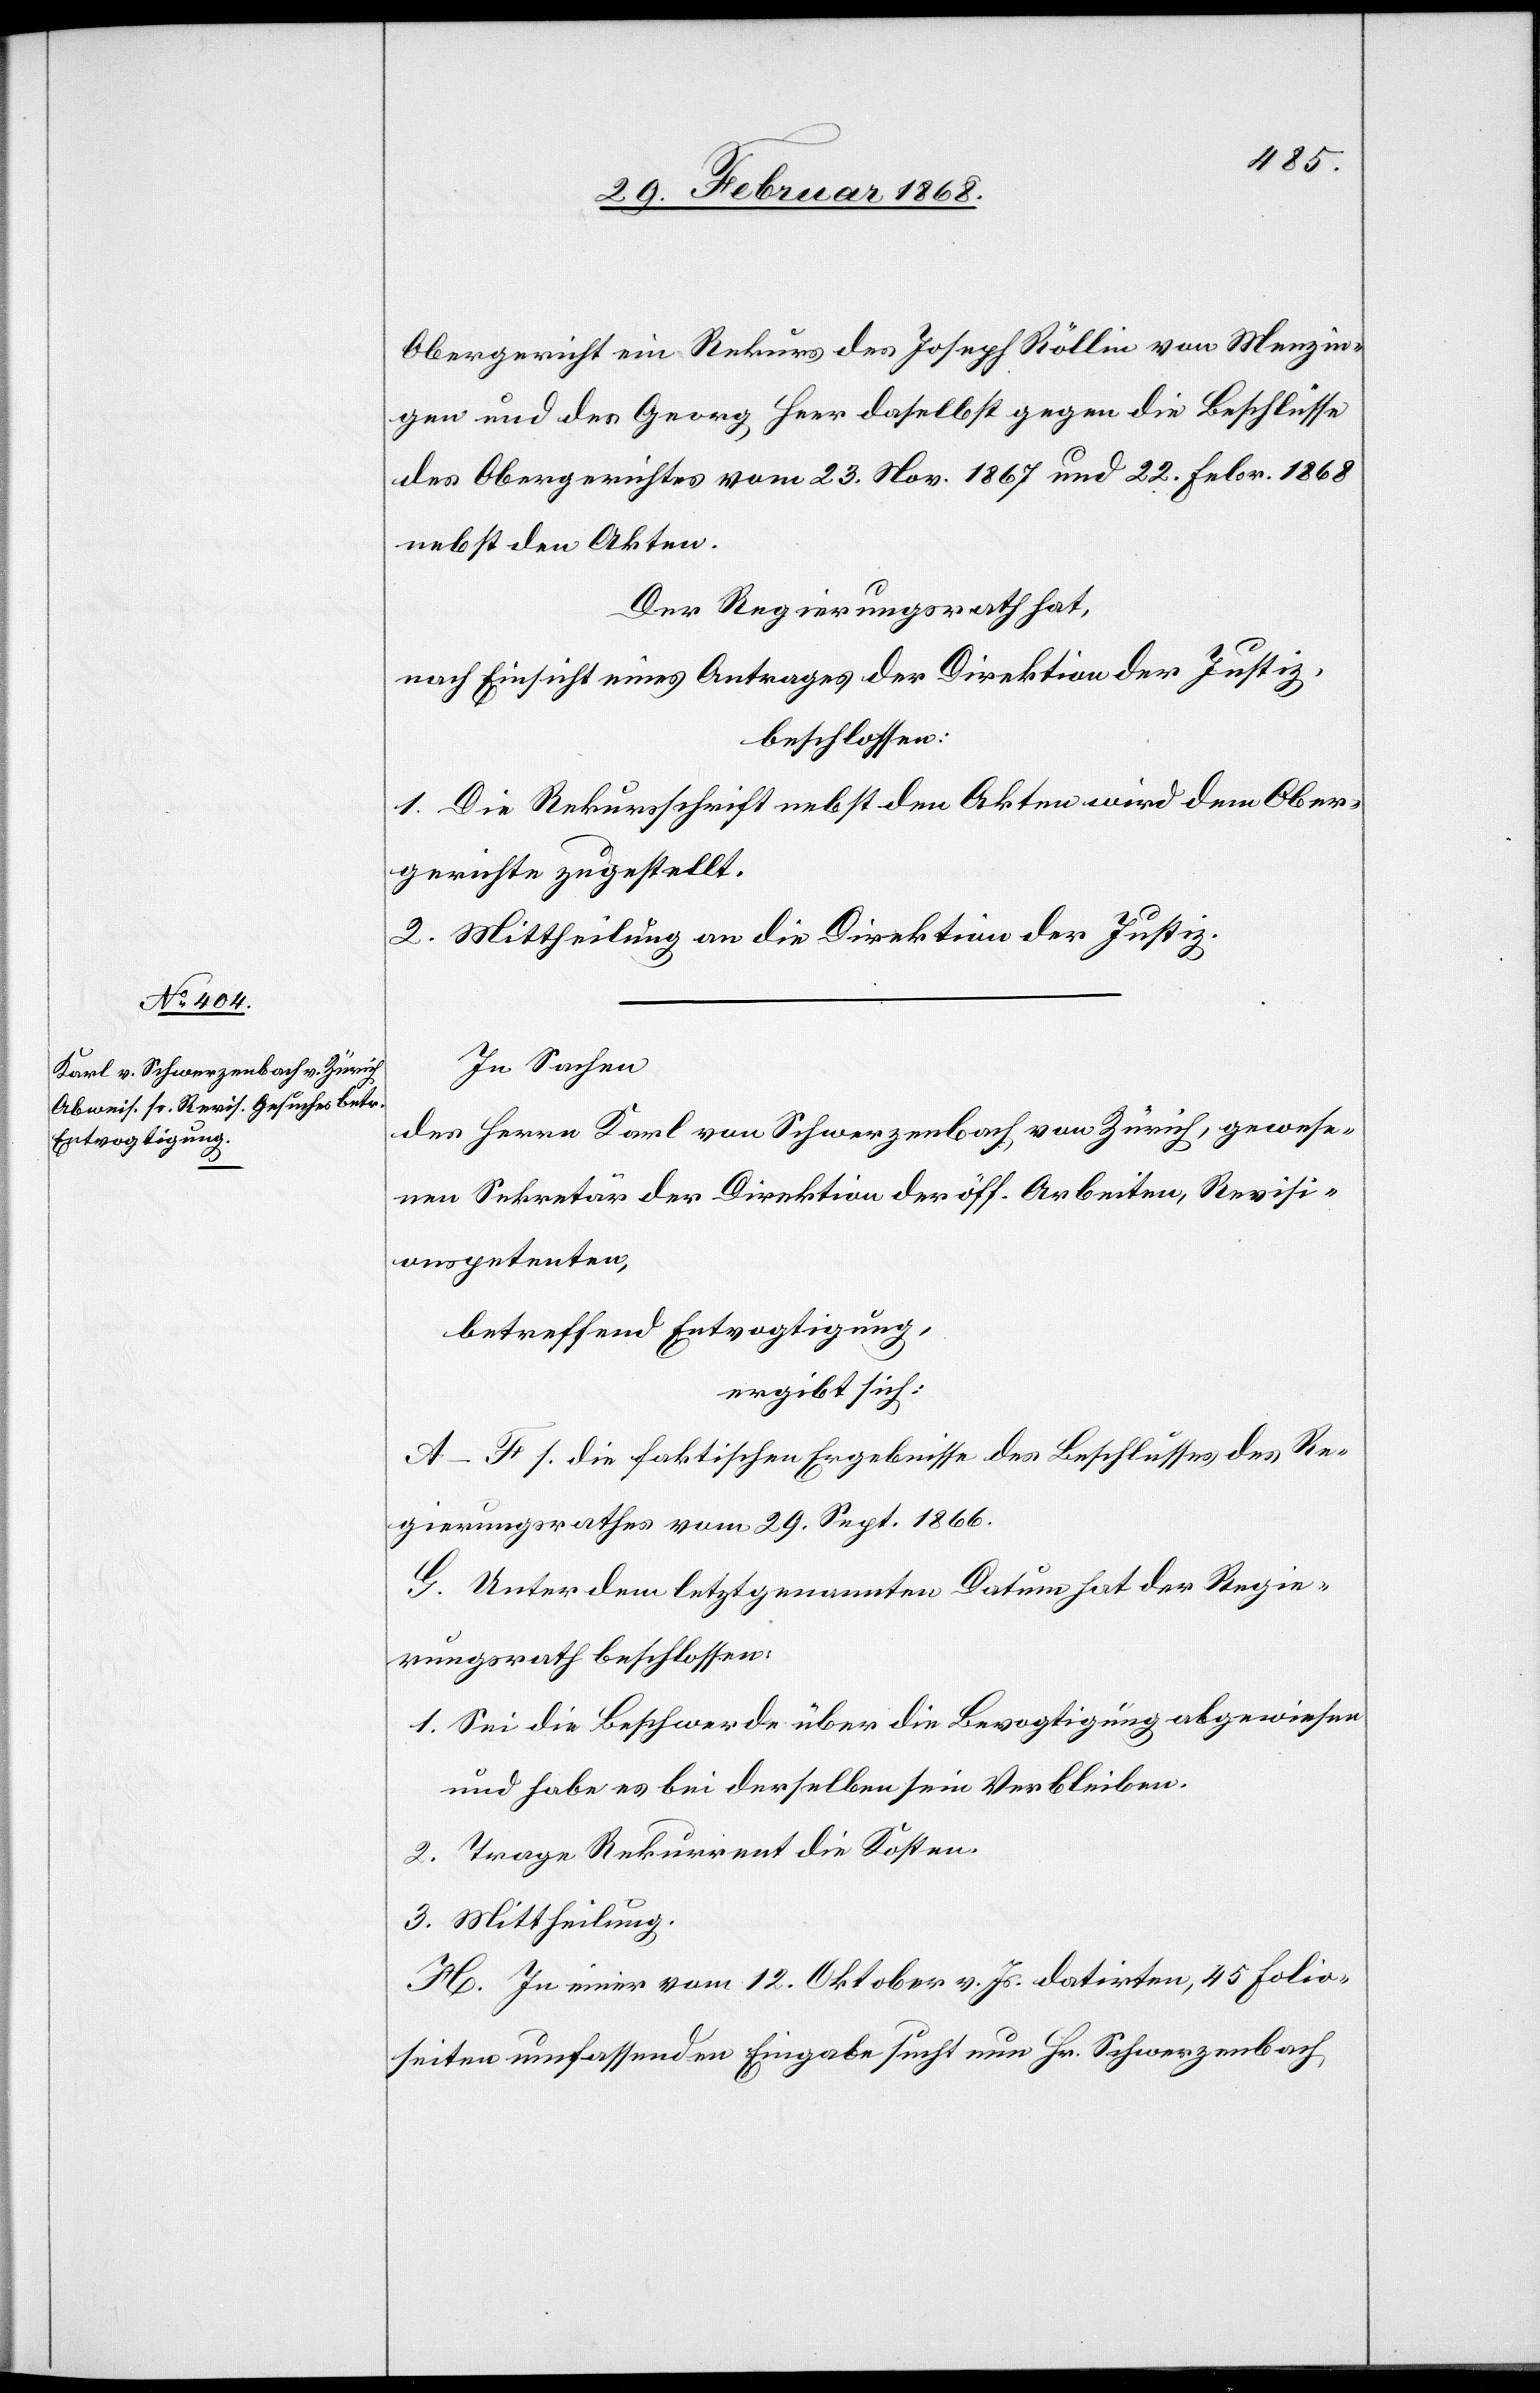
3.

Obergericht ein Rekurs des Joseph Röllin von Menzin¬
gen und des Georg Heer daselbst gegen die Beschlüsse
des Obergerichtes vom 23. Nov. 1867 und 22. Febr. 1868
nebst den Akten.
Der Regierungsrath hat,
nach Einsicht eines Antrages der Direktion der Justiz,
beschlossen:
1. Die Rekursschrift nebst den Akten wird dem Ober¬
gerichte zugestellt.
2. Mittheilung an die Direktion der Justiz.
In Sachen
des Herrn Karl von Schwerzenbach von Zürich, gewese¬
nen Sekretär der Direktion der öff. Arbeiten, Revisi¬
onspetenten,
betreffend Entvogtigung,
ergibt sich:
A–F s. die faktischen Ergebnisse des Beschlusses des Re¬
gierungsrathes vom 29. Sept. 1866.
G. Unter dem letztgenannten Datum hat der Regie¬
rungsrath beschlossen:
Sei die Beschwerde über die Bevogtigung abgewiesen
und habe es bei derselben sein Verbleiben.
Trage Rekurrent die Kosten.
Mittheilung.
H. In einer vom 12. Oktober v. Js. datirten, 45 Folio¬
seiten umfassenden Eingabe sucht nun Hr. Schwerzenbach